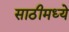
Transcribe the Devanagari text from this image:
साठीमध्ये